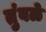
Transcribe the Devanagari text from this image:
तुंबळे